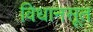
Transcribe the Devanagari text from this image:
विधानसूत